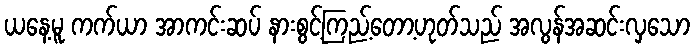
ယနေ့မူ ကက်ယာ အာကင်းဆပ် နားစွင့်ကြည့်တော့ဟုတ်သည် အလွန်အဆင်းလှသော